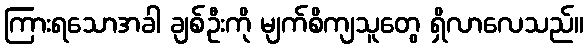
ကြားရသောအခါ ချစ်ဦးကို မျက်စိကျသူတွေ ရှိလာလေသည်။